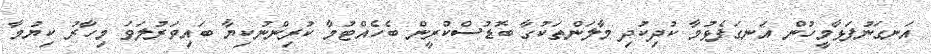
އަނގަނުފަޅާމީހުން އަނގަފެޅުމާ ކުދިކުދި މާލަންތަކުގާ ބޮޑުސްކްރީން ބެހެއްޓުމާ ކުރިންނުކިޔާ ބައިވަރުލަވަ މިހާރު ކިޔުމާ